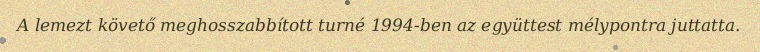
A lemezt követő meghosszabbított turné 1994-ben az együttest mélypontra juttatta.